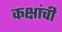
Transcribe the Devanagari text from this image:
कक्षांची